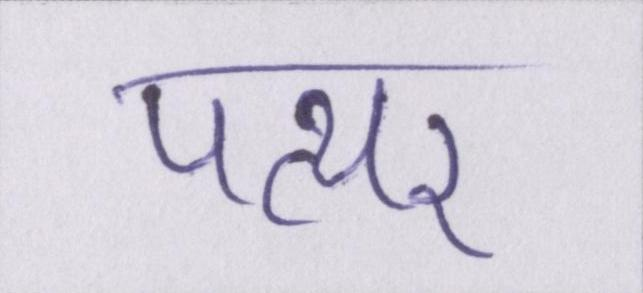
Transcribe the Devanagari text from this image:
पत्थर